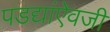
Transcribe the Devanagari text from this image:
पडद्यांऐवजी